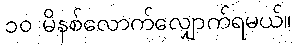
၁၀ မိနစ်လောက်လျှောက်ရမယ်။